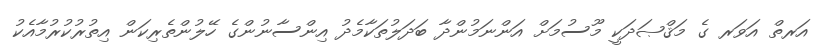
އަރތް އަވަރ ގެ މަޤްޞަދަކީ މޫސުމަށް އަންނަމުންދާ ބަދަލުތަކާމެދު އިންސާނުންގެ ހޭލުންތެރިކަން އިތުރުކުރުމާއެކު